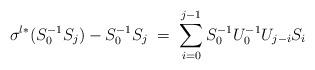
LaTeX: \begin{align*}\sigma^{l\ast}(S_0^{-1}S_j)-S_0^{-1}S_j\;=\;\sum_{i=0}^{j-1} S_0^{-1}U_0^{-1}U_{j-i} S_i\end{align*}